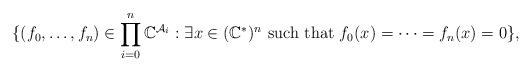
LaTeX: \begin{align*} \{(f_0,\ldots,f_n)\in \prod_{i=0}^n \mathbb{C}^{\mathcal A_{i}}: \exists x\in(\mathbb C^{\ast})^{n} \mbox{ such that }f_0(x) = \cdots = f_n(x) = 0\},\end{align*}